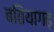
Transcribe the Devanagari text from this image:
बतियागढ़